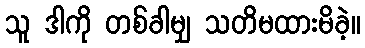
သူ ဒါကို တစ်ခါမျှ သတိမထားမိခဲ့။